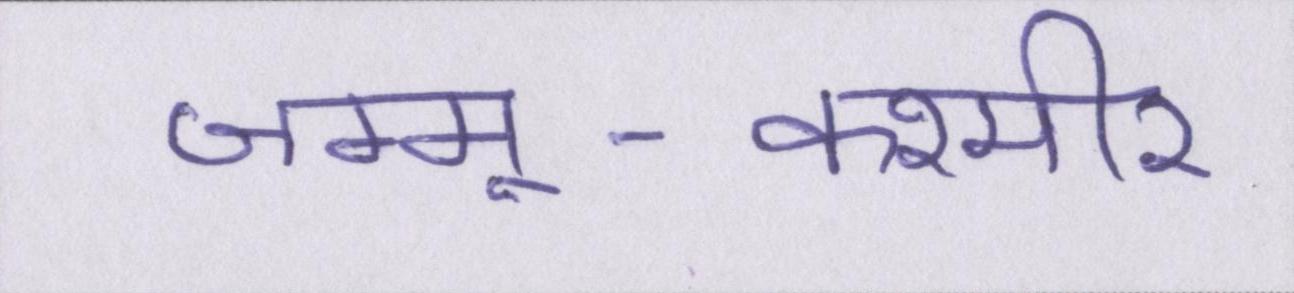
जम्मू-कश्मीर